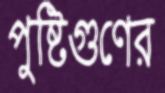
পুষ্টিগুণের